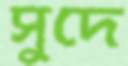
সুদে